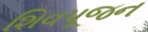
શિવપૂજન